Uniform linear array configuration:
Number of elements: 32
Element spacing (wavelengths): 0.5
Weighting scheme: exponential
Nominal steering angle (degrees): -15
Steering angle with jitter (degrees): -14.234
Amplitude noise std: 0.05
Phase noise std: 0.05

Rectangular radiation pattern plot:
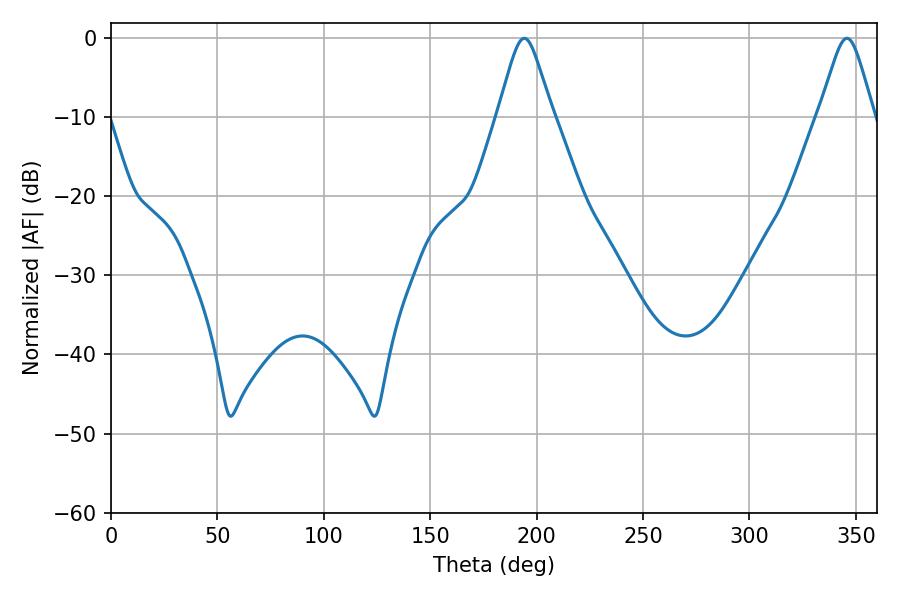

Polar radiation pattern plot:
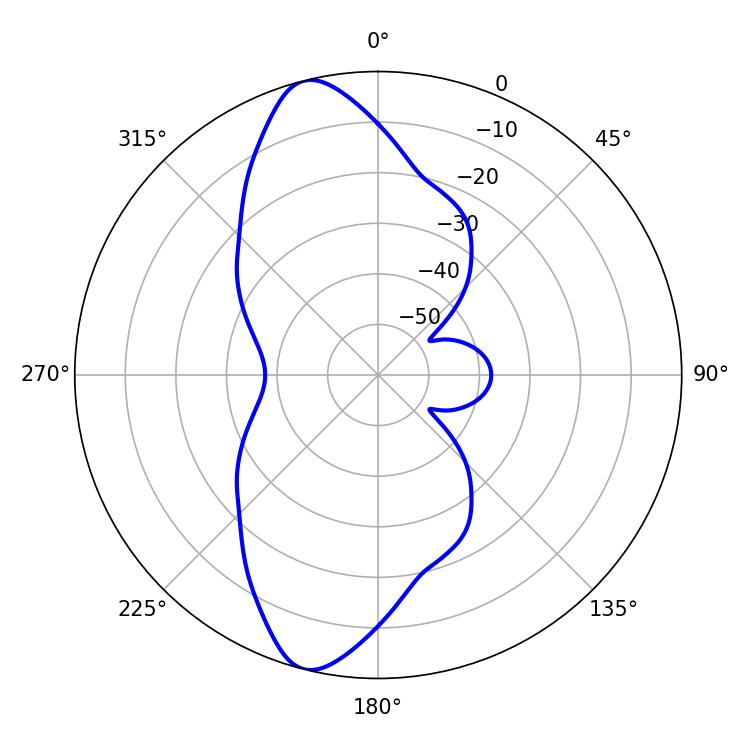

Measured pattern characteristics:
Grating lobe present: FALSE
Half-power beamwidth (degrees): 12.06
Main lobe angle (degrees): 194.22